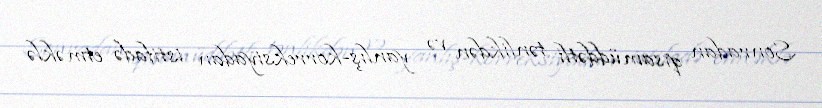
Sonradan qısamüddətli tənlikdən və yanlış-korreksiyadan istifadə etməklə